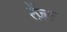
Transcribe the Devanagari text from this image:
रेंज़र